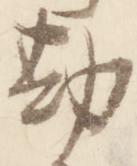
勘